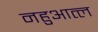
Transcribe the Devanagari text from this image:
नहुआत्ल